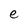
Character: e